Medical and sanitary report of the native army of Bengal for the year
Year: 1875
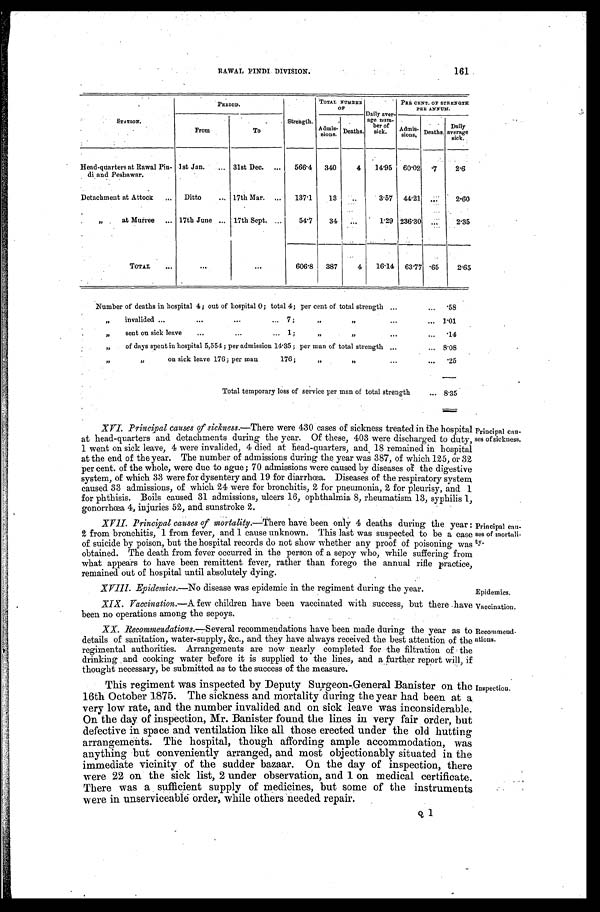
Vaccination.
Recommend
-
ations.
161
RAWAL PINDI DIVISION.
STATION.
PERIOD.
Strength.
TOTAL NUMBER
OF
Daily aver -
age num-
ber of
sick.
PER CENT OF STRENGTH
PER ANNUM.
From
To
Admis-
sions. Deaths.
Ad mi s -
sions, Deaths.
Daily
average
sick.
Head-quarters at Rawal Pin-
di and Peshawar.
1st Jan. . . . 31st Dec. . . .
566.4
340
4
14.95 60.02 .7
2.6
Detachment at Attock . . .
Ditto . . . 17th Mar. . . .
137.1
13
. . .
3.57 44.21
. . .
2.60
" at Murree . . . 17th June . . . 17th Sept. . . .
54.7
34
. . .
1.29 236.30
. . .
2.35
TOTAL . . .
. . .
. . .
606.8
387
4
16.14 63.77 .65
2.65
Number of deaths in hospital 4; out of hospital 0; total 4; per cent of total strength . . . .58
" invalided . . .
7;
"" . . . 1.01
"sent on sick leave . . . 1; " " . . . . 14
" of days spent in hospital 5,554; per admission 14.35; per man of total strength . . . 8.08
" " on sick leave 176; per man 176; " " . . . . 25
Total temporary loss of service per man of total strength
. . . 8.35
XVI. Principal causes of sickness.— There were 430 cases of sickness treated in the hospital
at head-quarters and detachments during the year. Of these, 403 were discharged to duty,
1 went on sick leave, 4 were invalided, 4 died at head-quarters, and 18 remained in hospital
at the end of the year. The number of admissions during the year was 387, of which 125, or 32
per cent. of the whole, were due to ague; 70 admissions were caused by diseases of the digestive
system, of which 33 were for dysentery and 19 for diarrhœa. Diseases of the respiratory system
caused 33 admissions, of which 24 were for bronchitis, 2 for pneumonia, 2 for pleurisy, and 1
for phthisis. Boils caused 31 admissions, ulcers 16, ophthalmia 8, rheumatism 13, syphilis 1,
gonorrhœa 4, injuries 52, and sunstroke 2.
XVII. Principal causes of mortality.— There have been only 4 deaths during the year:
2 from bronchitis, 1 from fever, and 1 cause unknown. This last was suspected to be a case
of suicide by poison, but the hospital records do not show whether any proof of poisoning was
obtained. The death from fever occurred in the person of a sepoy who, while suffering from
what appears to have been remittent fever, rather than forego the annual rifle practice,
remained out of hospital until absolutely dying.
Principal cau
-ses of sickness.
Principal cau-
ses of mortali
-
ty.
XVIII. Epidemics.—No disease was epidemic in the regiment during the year.
Epidemics.
XIX. Vaccination.— A few children have been vaccinated with success, but there have
been no operations among the sepoys.
XX. Recommendations.— Several recommendations have been made during the year as to
details of sanitation, water-supply, &c., and they have always received the best attention of the
regimental authorities. Arrangements are now nearly completed for the filtration of the
drinking and cooking water before it is supplied to the lines, and a further report will, if
thought necessary, be submitted as to the success of the measure.
This regiment was inspected by Deputy Surgeon-General Banister on the
16th October 1875. The sickness and mortality during the year had been at a
very low rate, and the number invalided and on sick leave was inconsiderable.
On the day of inspection, Mr. Banister found the lines in very fair order, but
defective in space and ventilation like all those erected under the old hutting
arrangements. The hospital, though affording ample accommodation, was
anything but conveniently arranged, and most objectionably situated in the
immediate vicinity of the sudder bazaar. On the day of inspection, there
were 22 on the sick list, 2 under observation, and 1 on medical certificate.
There was a sufficient supply of medicines, but some of the instruments
were in unserviceable order, while others needed repair.
Inspection.